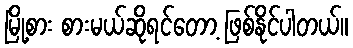
မြို့စား စားမယ်ဆိုရင်တော့ ဖြစ်နိုင်ပါတယ်။